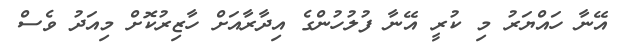
އޭނާ ހައްޔަރު މި ކުރީ އޭނާ ފުލުހުންގެ އިދާރާއަށް ހާޒިރުކޮށް މިއަދު ވެސް